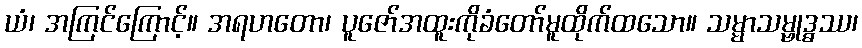
ယံ၊ အကြင်ကြောင့်။ အရဟတော၊ ပူဇော်အထူးကိုခံတော်မူထိုက်ထသော။ သမ္မာသမ္ဗုဒ္ဓဿ၊